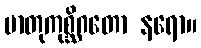
မာတုကုစ္ဆိဂတော နရော။